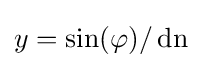
y=\sin(\varphi )/\operatorname {dn}